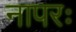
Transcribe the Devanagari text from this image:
नापरः